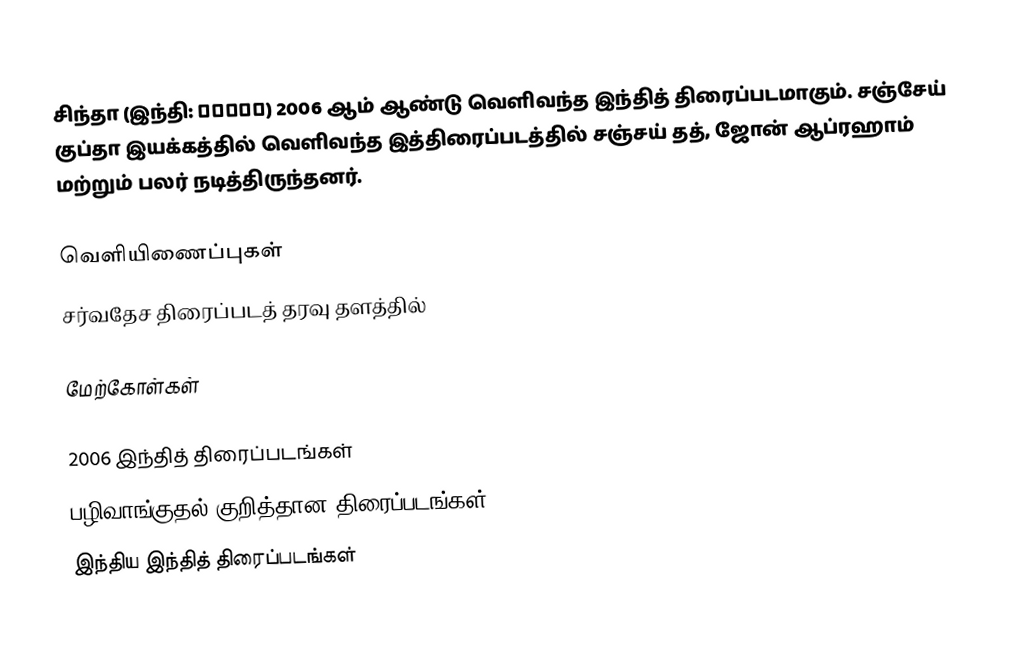
சிந்தா (இந்தி: ज़ंदा) 2006 ஆம் ஆண்டு வெளிவந்த இந்தித் திரைப்படமாகும். சஞ்சேய் குப்தா இயக்கத்தில் வெளிவந்த இத்திரைப்படத்தில் சஞ்சய் தத், ஜோன் ஆப்ரஹாம் மற்றும் பலர் நடித்திருந்தனர்.

வெளியிணைப்புகள்
சர்வதேச திரைப்படத் தரவு தளத்தில்

மேற்கோள்கள்

2006 இந்தித் திரைப்படங்கள்
பழிவாங்குதல் குறித்தான திரைப்படங்கள்
இந்திய இந்தித் திரைப்படங்கள்